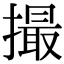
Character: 撮